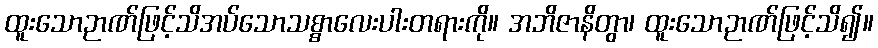
ထူးသောဉာဏ်ဖြင့်သိအပ်သောသစ္စာလေးပါးတရားကို။ အဘိဇာနိတွာ၊ ထူးသောဉာဏ်ဖြင့်သိ၍။